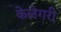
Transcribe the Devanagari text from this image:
केलेगरी